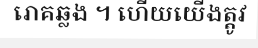
រោគឆ្លង ។ ហើយយើងត្តូវ